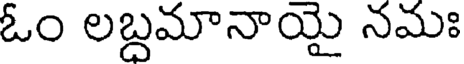
ఓం లబ్దమానాయై నమః